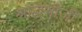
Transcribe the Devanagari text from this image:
श्राद्धभोजी